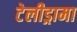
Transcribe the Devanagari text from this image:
टेलीड्रामा